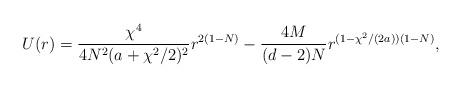
LaTeX: \begin{align*}U(r)=\frac{\chi^4}{4N^2(a+\chi^2/2)^2} r^{2(1-N)}-\frac{4M}{(d-2)N} r^{(1-\chi^2/(2a))(1-N)},\end{align*}